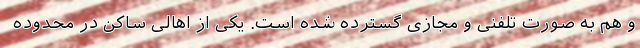
و هم به صورت تلفنی و مجازی گسترده شده است. یکی از اهالی ساکن در محدوده